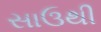
સાઉથી